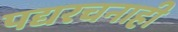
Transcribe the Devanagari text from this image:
पद्यरचनाही